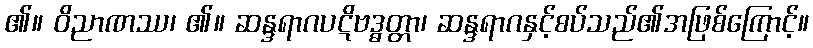
၏။ ဝိညာဏဿ၊ ၏။ ဆန္ဒရာဂပဋိဗဒ္ဓတ္တာ၊ ဆန္ဒရာဂနှင့်စပ်သည်၏အဖြစ်ကြောင့်။